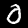
Digit: 0